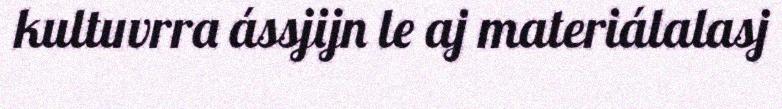
kultuvrra ássjijn le aj materiálalasj